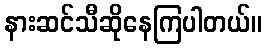
နားဆင်သီဆိုနေကြပါတယ်။